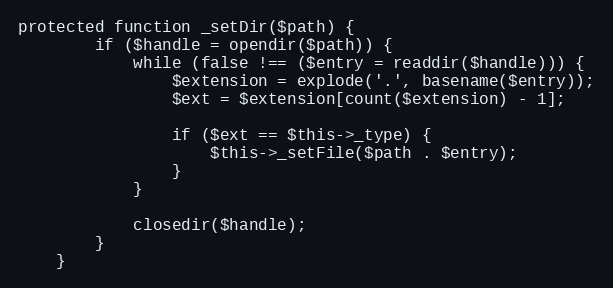
Language: PHP
protected function _setDir($path) {
        if ($handle = opendir($path)) {
            while (false !== ($entry = readdir($handle))) {
                $extension = explode('.', basename($entry));
                $ext = $extension[count($extension) - 1];

                if ($ext == $this->_type) {
                    $this->_setFile($path . $entry);
                }
            }

            closedir($handle);
        }
    }